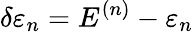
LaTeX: \delta\varepsilon_{n}=E^{(n)}-\varepsilon_{n}